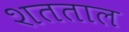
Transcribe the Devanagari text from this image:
शतताल